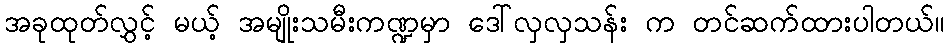
အခုထုတ်လွှင့် မယ့် အမျိုးသမီးကဏ္ဍမှာ ဒေါ်လှလှသန်း က တင်ဆက်ထားပါတယ်။